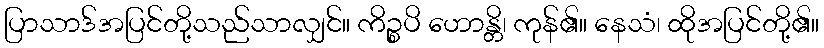
ပြာသာဒ်အပြင်တို့သည်သာလျှင်။ ကိဉ္စပိ ဟောန္တိ၊ ကုန်၏။ နေသံ၊ ထိုအပြင်တို့၏။